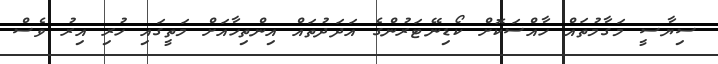
ސިޔާސީ މަގާމުތައް ހާއްސަކޮށް ކޯޑިނޭޓަރުންގެ އަދަދުތައް އިންތިހާއަށް މަތީގައި ހުރި އިރު ވެސް